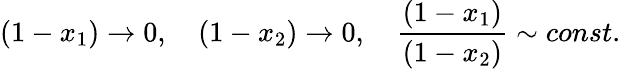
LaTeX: (1-x_{1})\to 0,\quad(1-x_{2})\to 0,\quad{\frac{(1-x_{1})}{(1-x_{2})}}\sim const.